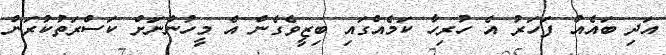
އަދި ބައެއް ފަހަރު އެ ހުރިހާ ކަމެއްގައި ބިޒީވެގެން އެ މީހުންނަށް ކަސްރަތުކުރަން